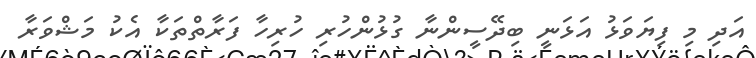
އަދި މި ފިޔަވަޅު އަޅަނީ ބިދޭސީންނާ ގުޅުންހުރި ހުރިހާ ފަރާތްތަކާ އެކު މަޝްވަރާ